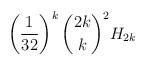
LaTeX: \begin{align*} \left( \frac{1}{32} \right)^{k} \binom{2k}{k}^{2} H_{2k} \end{align*}